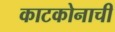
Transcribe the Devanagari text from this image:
काटकोनाची